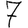
Digit: 7